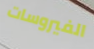
الفيروسات